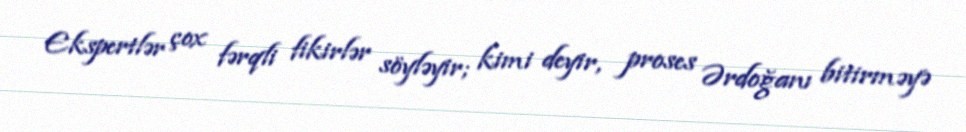
Ekspertlər çox fərqli fikirlər söyləyir; kimi deyir, proses Ərdoğanı bitirməyə